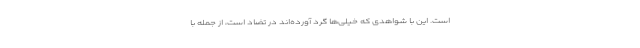
است. این با شواهدی که خیلی‌ها گرد آورده‌اند در تضاد است، از جمله با